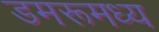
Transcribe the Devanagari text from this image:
डमरूमध्य